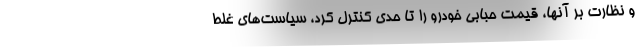
و نظارت بر آنها، قیمت حبابی خودرو را تا حدی کنترل کرد، سیاست‌های غلط